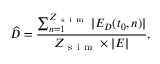
\widehat { D } = \frac { \sum _ { n = 1 } ^ { Z _ { \mathrm { ~ s ~ i ~ m ~ } } } | E _ { D } ( t _ { 0 } , n ) | } { Z _ { \mathrm { ~ s ~ i ~ m ~ } } \times | E | } ,